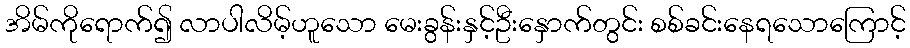
အိမ်ကိုရောက်၍ လာပါလိမ့်ဟူသော မေးခွန်းနှင့်ဦးနှောက်တွင်း စစ်ခင်းနေရသောကြောင့်